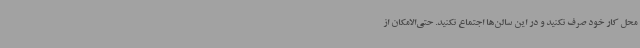
محل کار خود صرف نکنید و در این سالن‌ها اجتماع نکنید. حتی‌الامکان از